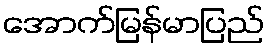
အောက်မြန်မာပြည်